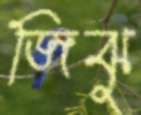
জিঝু